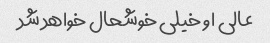
عالی او خیلی خوشحال خواهد شد